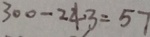
3 0 0 - 2 4 3 = 5 7